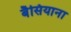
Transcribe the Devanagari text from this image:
बैसियाना